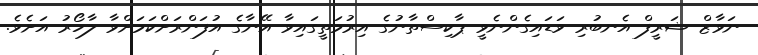
ނަވާޒް ޝަރީފް އެނބުރި ވަޑައިގެންނެވީ ޕާކިސްތާނުގެ އިރުމަތީގައިވާ އޭނާގެ އުފަންރަށްކަމަށްވާ ލާހޯރު އަށެވެ.